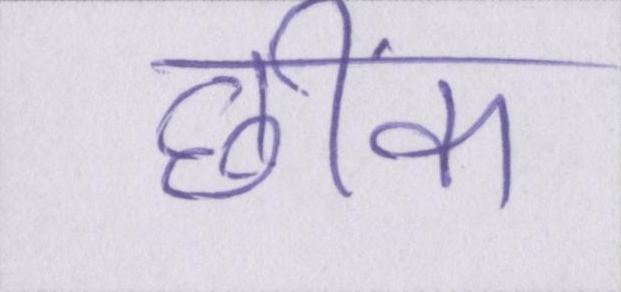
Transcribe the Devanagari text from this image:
छींक